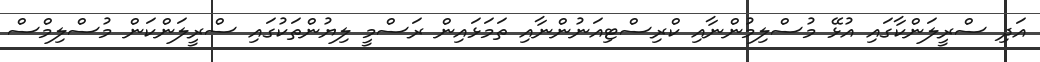
އަދި ސްރީލަންކާގައި އުޅޭ މުސްލިމުންނާއި ކްރިސްޓިއަނުންނާއި ތަމަޅައިން ރަސްމީ ލިޔުންތަކުގައި ސްރީލަންކަން މުސްލިމްސް